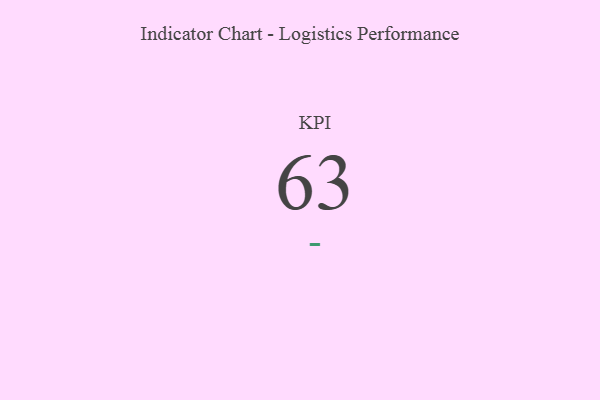
{"axis": {"x": "KPI", "y": "Value"}, "legend": [""], "data": [{"x": "KPI", "y": 63, "type": ""}]}